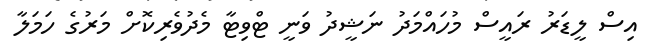
އިސް ލީޑަރު ރައީސް މުހައްމަދު ނަޝީދު ވަނީ ޓްވިޓާ މެދުވެރިކޮށް މަރުގެ ހަމަލާ